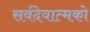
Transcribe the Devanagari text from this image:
सर्वदेवात्मको